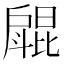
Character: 𱟥